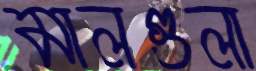
মালগুলা